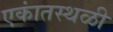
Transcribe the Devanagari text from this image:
एकांतस्थळी